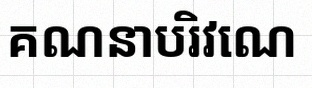
គណនាបរិវេណ